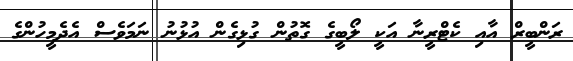
ރަންބީރް އާއި ކެޓްރީނާ އަކީ ލޯބީގެ ގޮތުން ގުޅިގެން އުޅުނު ނަމަވެސް އެދެމީހުންގެ